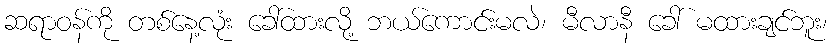
ဆရာဝန်ကို တစ်နေ့လုံး ခေါ်ထားလို့ ဘယ်ကောင်းမလဲ၊ မီလာနီ ခေါ် မထားချင်ဘူး၊